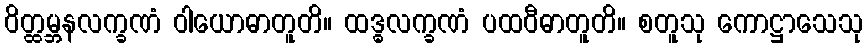
ဝိတ္ထမ္ဘနလက္ခဏံ ဝါယောဓာတူတိ။ ထဒ္ဓလက္ခဏံ ပထဝီဓာတူတိ။ စတူသု ကောဋ္ဌာသေသု